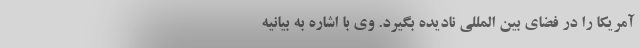
آمریکا را در فضای بین المللی نادیده بگیرد. وی با اشاره به بیانیه